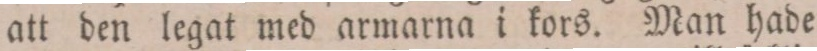
att den legat med armarna i kors. Man hade